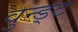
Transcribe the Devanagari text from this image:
वुन्ड्ट